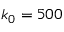
k _ { 0 } = 5 0 0